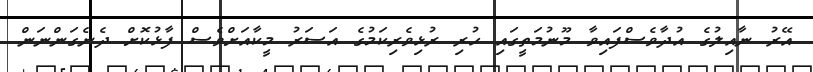
އޭރު ނާއިލުގެ އުދާވެސްފައިވާ މޫނުމަތީގައި ހުރި ރުޅިވެރިކަމުގެ އަސަރު މީކާއަށްވެސް ފާޅުކޮށް ދެނެގަންނަން